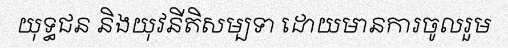
យុទ្ធជន និងយុវនីតិសម្បទា ដោយមានការចូលរួម